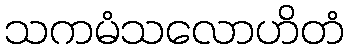
သကမံသလောဟိတံ